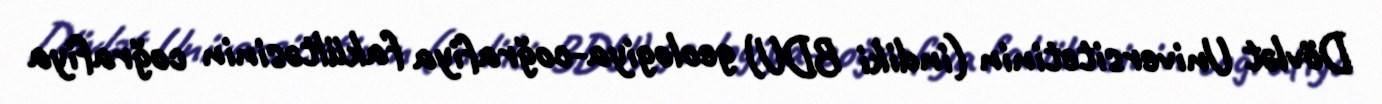
Dövlət Universitetinin (indiki BDU) geologiya-coğrafiya fakültəsinin coğrafiya